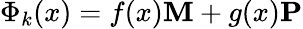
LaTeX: \Phi_{k}(x)=f(x){\mathbf M}+g(x){\mathbf P}